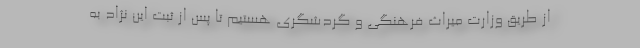
از طریق وزارت میراث فرهنگی و گردشگری هستیم تا پس از ثبت این نژاد به